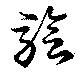
驗